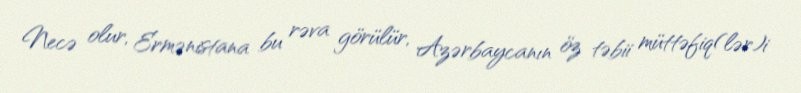
Necə olur, Ermənistana bu rəva görülür, Azərbaycanın öz təbii müttəfiq(lər)i